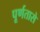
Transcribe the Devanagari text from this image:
पूर्णतासे